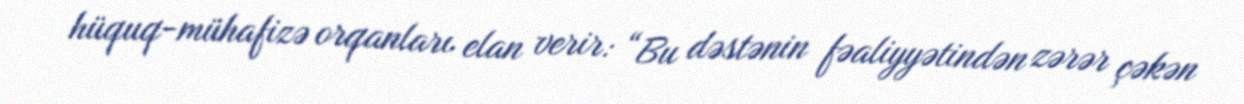
hüquq-mühafizə orqanları elan verir: “Bu dəstənin fəaliyyətindən zərər çəkən